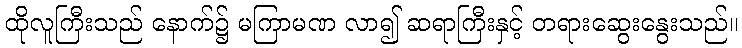
ထိုလူကြီးသည် နောက်၌ မကြာမဏ လာ၍ ဆရာကြီးနှင့် တရားဆွေးနွေးသည်။